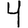
Digit: 4